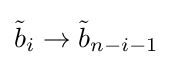
{\tilde {b}}_{i}\to {\tilde {b}}_{n-i-1}